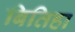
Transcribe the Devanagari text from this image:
बितिहा